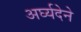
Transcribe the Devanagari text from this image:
अर्घ्यदेने